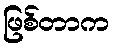
ဖြစ်တာက